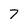
Character: 7